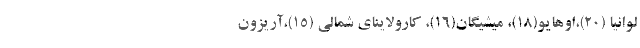
لوانیا (20)،اوهایو(18)، میشیگان(16)، کارولاینای شمالی (15)،آریزون